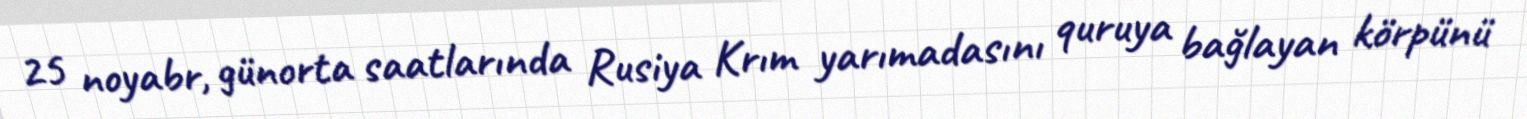
25 noyabr, günorta saatlarında Rusiya Krım yarımadasını quruya bağlayan körpünü